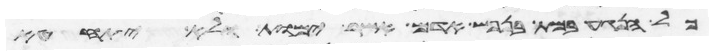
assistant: כל הנגע במת בנפש אדם אשר ימות ולא יתחטא